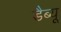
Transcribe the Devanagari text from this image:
डैब्यू